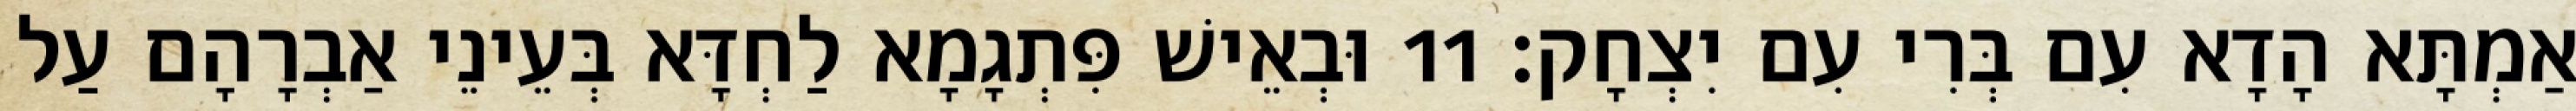
אַמְתָּא הָדָא עִם בְּרִי עִם יִצְחָק׃ 11 וּבְאֵישׁ פִּתְגָמָא לַחְדָּא בְּעֵינֵי אַבְרָהָם עַל